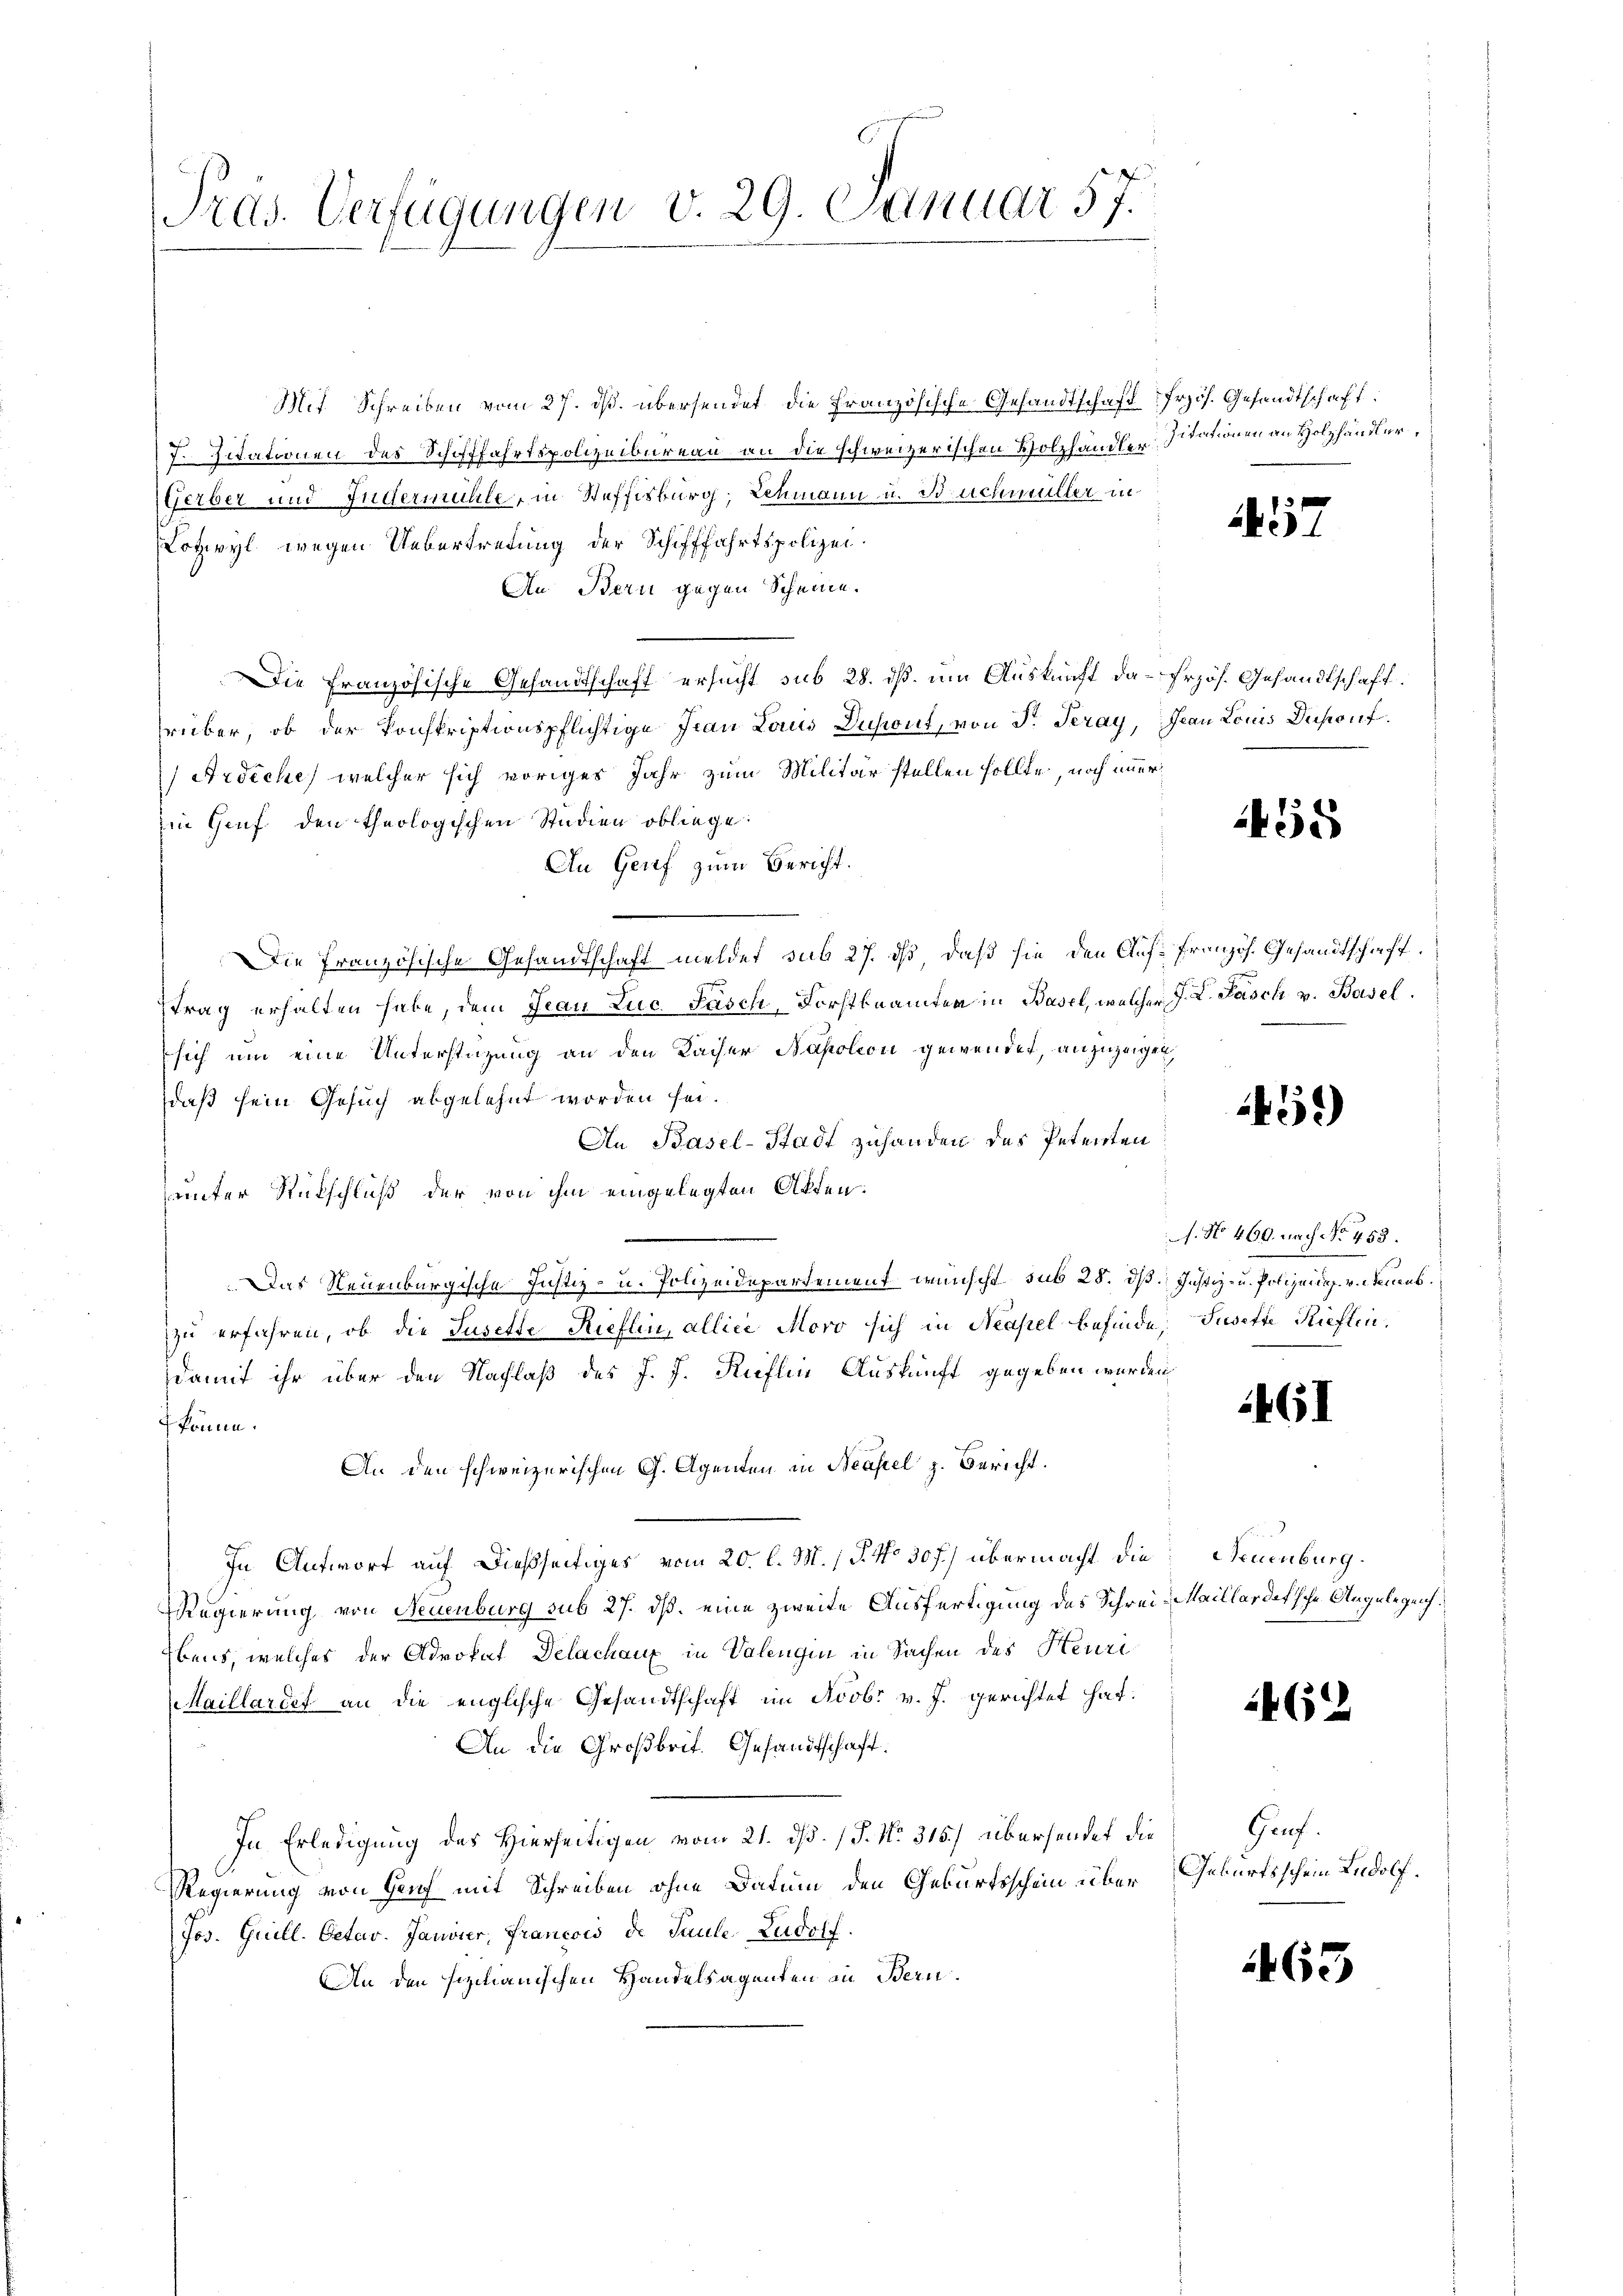
Pras. Verfügungen v. 29. Januar 57.

Mit Schreiben vom 27. ds. übersendet, die Französische Gesandtschaft
J. Zitationen des Schifffahrtspolizeibureau an die schweizerischen Holzhändler Zitationen an Holzhändler,
Gerber und Fudermühle, in Steffisburg, Lehmann u. Bachmüller in
otzwyl wegen Uebertretung der Schifffahrtspolizei.
An Bern gegen Scheine.
Die Französische Gesandtschaft ersucht sub 28. dß. um Auskunft da-frzös. Gesandtschaft
rüber, ob der konskriptionspflichtige Frau Laus Dusiont, von Dr. Teray
Ardiche, welcher sich voriges Jahr zum Militär stellen sollte, noch immer
in Genf den theologischen Studien obliege:
An Genf zum Bericht.
Die Französische Gesandtschaft meldet sub 27. dß, daß sie den Auffranzös. Gesandtschaft.
trag erhalten habe, dem Jean Luc. Pasch, Forstbeamten in Basel, welcher J. L. Fasch v. Basel
sich um eine Unterstützung an den Kaiser Napoleon gewendet, anzuzeige
daß sein Gesuch abgelehnt worden sei.
An Basel-Stadt zuhanden das Petenten
unter Rückschluß der von ihm eingelegten Akten.
Das Neuenburgische Justiz- u. Polizeidepartement wünscht sub 28. d. Justiz- u. Polizei v. Neuenb
zu erfahren, ob die Susette Rieflin, allici Moro sich in Neapel befinde, Indere Rieflindamit ihr über den Nachlaß des J. J. Rüflen Auskunft gegeben wurde,
könne.
An den schweizerischen G. Agenten in Neapel z. Bericht.
In Antwort auf dießseitiges vom 20. l. M. P. No 30 f.) übermacht die
Regierung von Neuenburg sub 27. ds. eine zweite Ausfertigung des Schrei
bens, welches der Advokat Delachanz in Valengin in Sachen des Heuri
aillardet an die englische Gesandtschaft im Novbr v. J. gerichtet hat.
An die Großbrit. Gesandtschaft.
In Erledigung des Hierseitigen vom 21. ds. (T. No. 315.) übersendet die
Regierung von Genf mit Schreiben ohne Datum den Geburtsschein über
Jos. Guill. Detas. Janvier, Francois de Paule Ludolf.
An den sizianischen Handelsagenten an Bern.

frzös. Gesandtschaft.

57

Jean Louis Duponf.

55

1451)

f. No 460. nach No. 453.

461

Neuenburg.
Maillardische Angelegen.

462

Gruf.
Geburtsschein Ludolf.

65